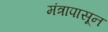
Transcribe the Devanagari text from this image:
मंत्रापासून